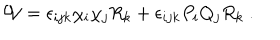
LaTeX: { \cal W } = \epsilon _ { i j k } \chi _ { i } \chi _ { j } R _ { k } + \epsilon _ { i j k } P _ { i } Q _ { j } R _ { k } ~ .